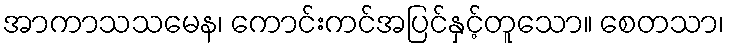
အာကာသသမေန၊ ကောင်းကင်အပြင်နှင့်တူသော။ စေတသာ၊